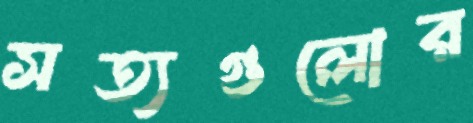
সত্যগুলোর